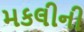
મકલીની